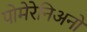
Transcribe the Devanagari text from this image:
पोमेरेनिअनों